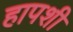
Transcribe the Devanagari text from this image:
हापशी